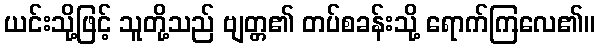
ယင်းသို့ဖြင့် သူတို့သည် ဗျတ္တ၏ တပ်စခန်းသို့ ရောက်ကြလေ၏။